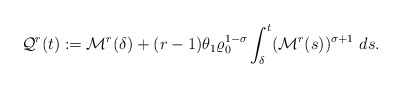
\begin{align*}\mathcal{Q}^{r}(t):=\mathcal{M}^{r}(\delta)+(r-1)\theta_{1}\varrho_{0}^{1-\sigma}\int_{\delta}^{t}(\mathcal{M}^{r}(s))^{\sigma+1}\ ds.\end{align*}